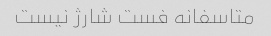
متاسفانه فست شارژ نیست